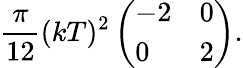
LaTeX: {\frac{\pi}{12}}(kT)^{2}\left(\begin{array}{ll}{{-2}}&{{0}}\\ {{0}}&{{2}}\end{array}\right).